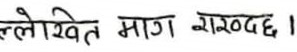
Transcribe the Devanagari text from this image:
ल्लेखित माग राख्दछ ।